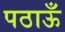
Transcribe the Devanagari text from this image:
पठाऊँ